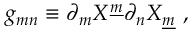
g _ { m n } \equiv \partial _ { m } X ^ { \underline { { { m } } } } \partial _ { n } X _ { \underline { { { m } } } } ~ ,